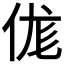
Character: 𠈵